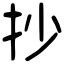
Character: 抄